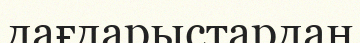
дағдарыстардан